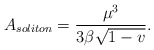
\begin{align*}A_{soliton}=\frac{\mu^3}{3\beta\sqrt{1-v}}.\end{align*}